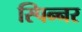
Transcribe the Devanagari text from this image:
स्पिन्नर